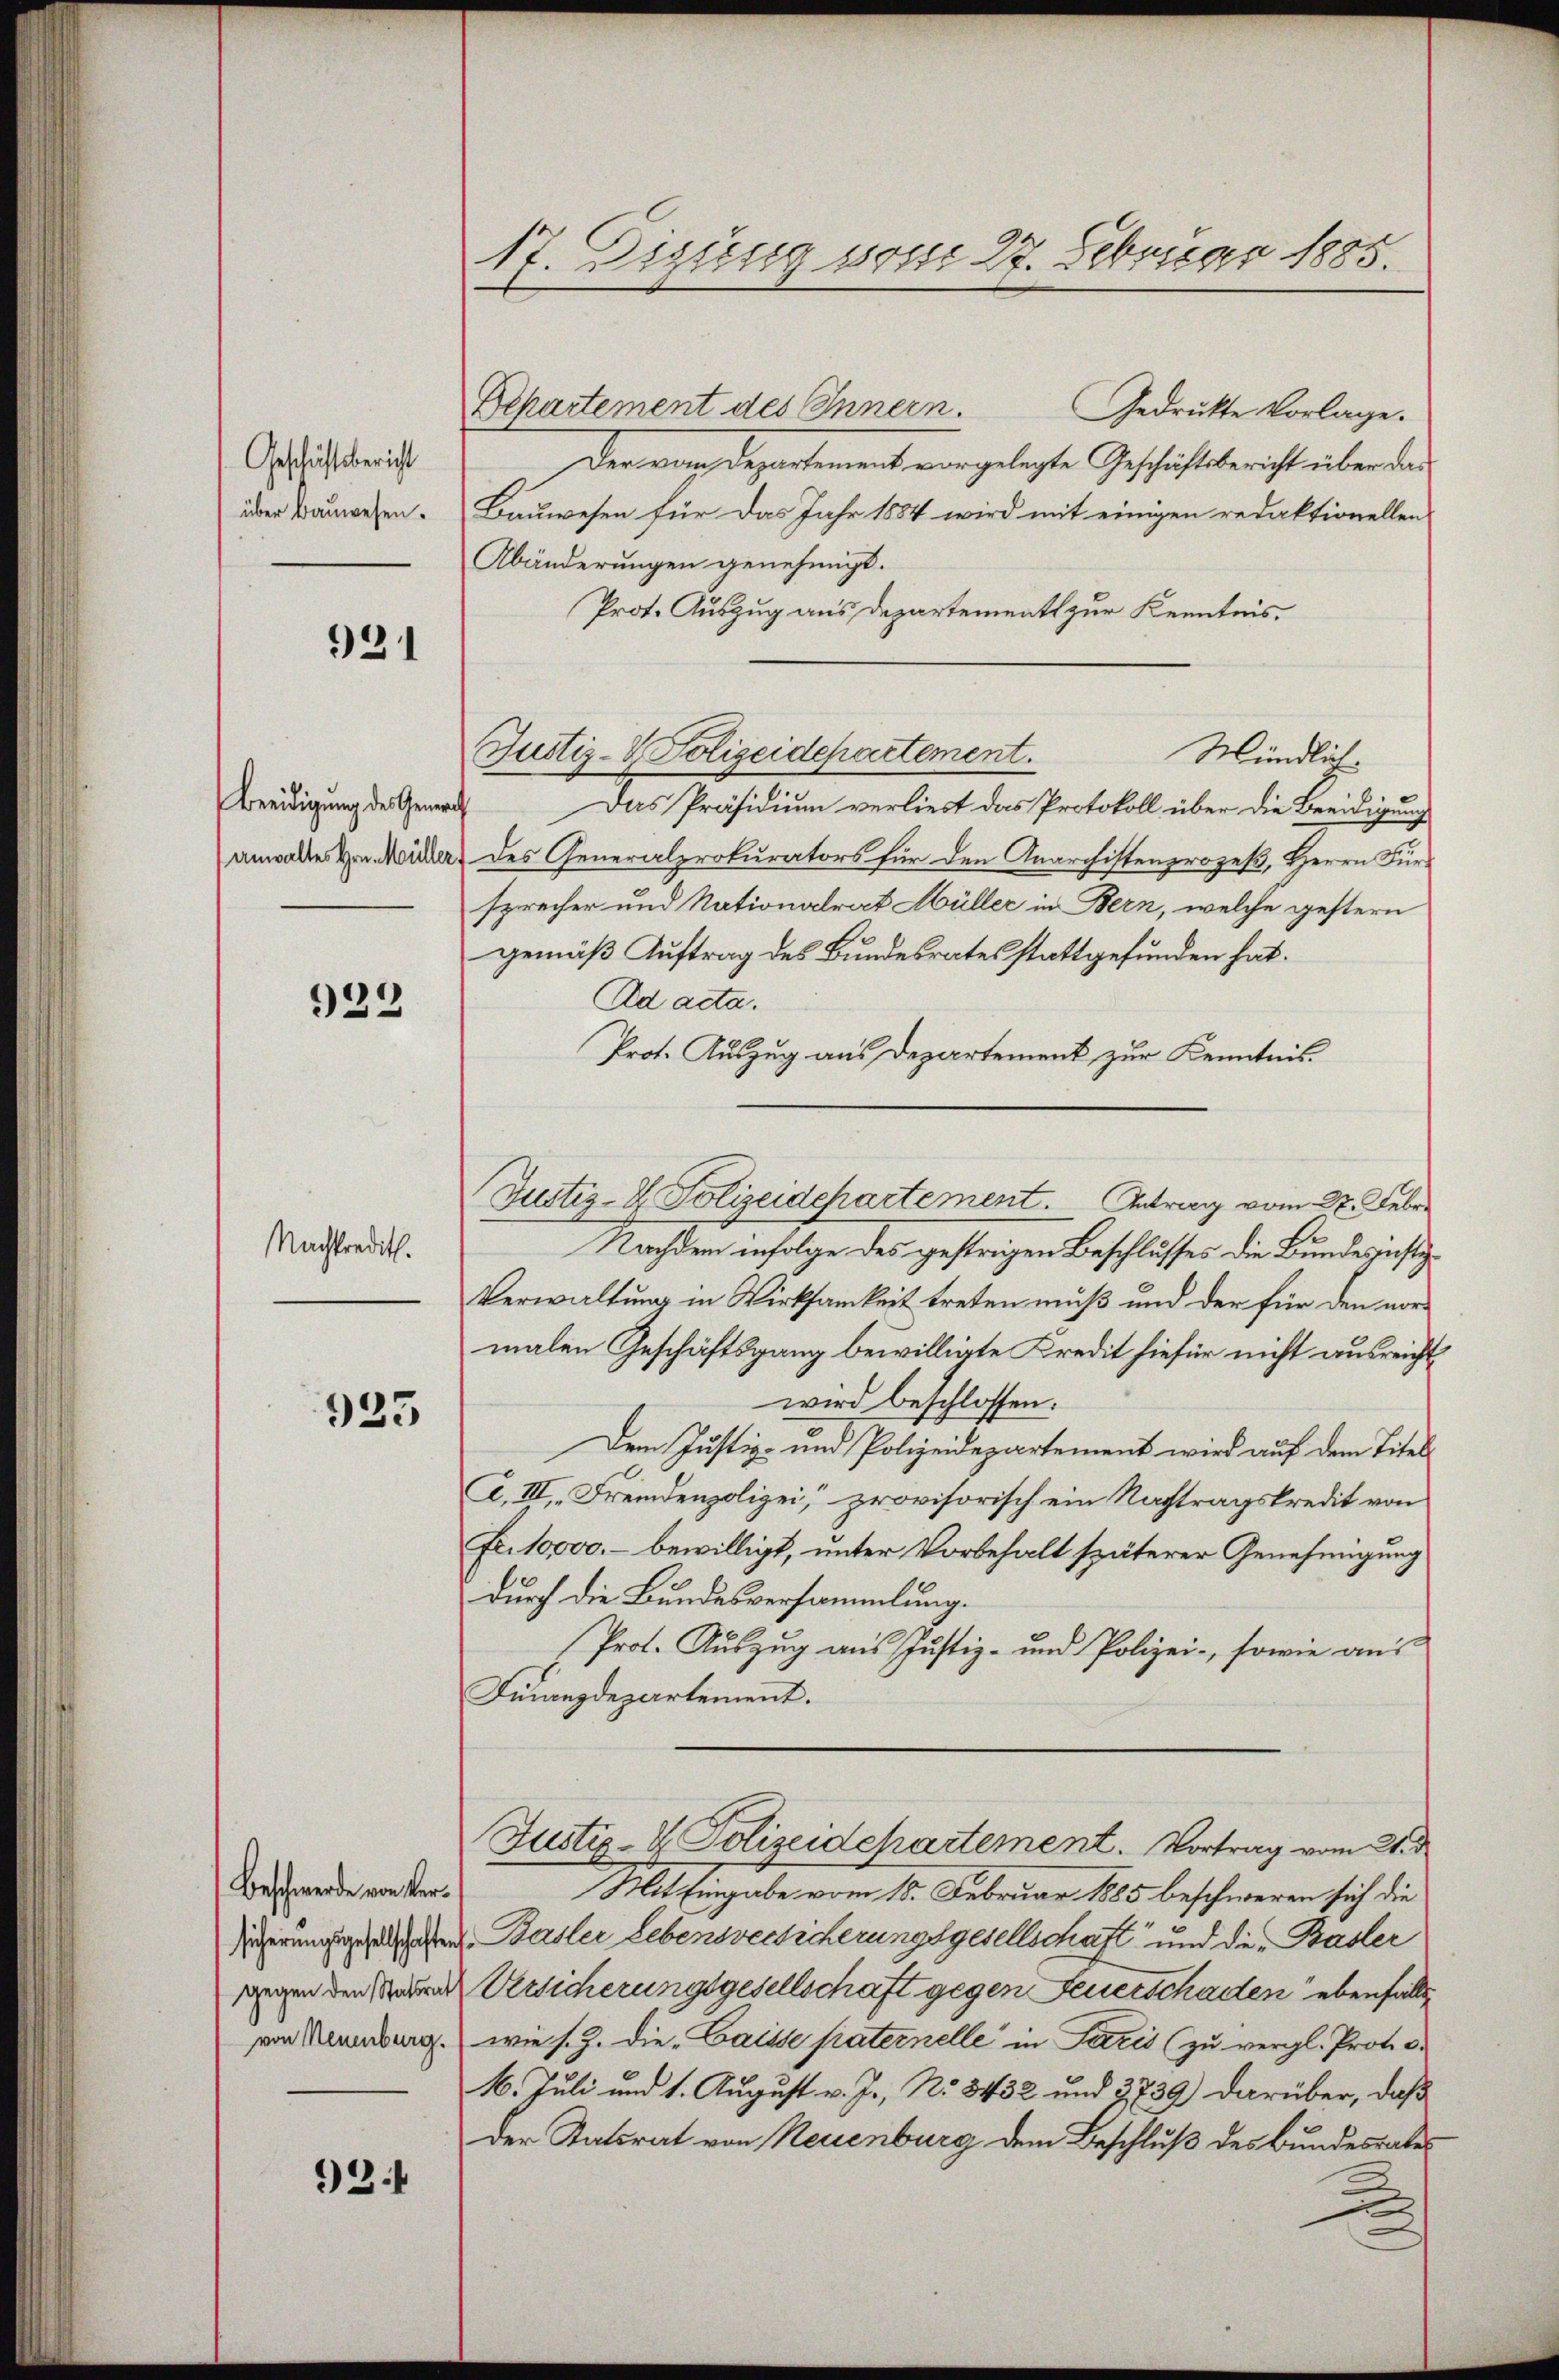
Geschäftsbericht
über Bauwesen.

931

Beeidigung der Gemach
anwaltes Hrn. Müller

923

Nachtredit.

923

Beschwerde von Versicherungsgesellschaften
gegen den Statsrat
von Neuenburg.

92

17. Dizung vom 27. Februar 1885.

Bepartement des Innern.
Gedrückte Vorlage.
Der vom Departement vorgelegte Geschäftsbericht über das
Bauwesen für das Jahr 1884 wird mit einigen redaktionellen
Abänderungen genehmigt.
Prot. Auszug aus Departement zur Kenntnis,
Mündlich.
Das Präsidium verliest das Protokoll über die Beeidigung
des Generalprokurators für den Anarchistenprozeß, Herrn Fürsprecher und Nationalrat Müller in Bern, welche gestern
gemäß Auftrag des Bundesrates stattgefunden hat.
Ad acta.
Prot. Auszug aus Departement zur Kenntnis.
Nachdem infolge des gestrigen Beschlusses die Bundes justiz¬
Verwaltung in Wirksamkeit treten muß und der für den vormalen Geschäftsgang bewilligte Kredit hiefür nicht ausreicht
wird beschlossen:
Dem Justiz- und Polizeidepartement wird auf dem Titel
A. III. Fremdenpolizei, provisorisch ein Nachtragskredit von
Fr. 10000.- bewilligt, unter Vorbehalt späterer Genehmigung
durch die Bundesversammlung.
Prot. Auszug aus Justiz- und Polizei-, sowie aus
Finanzdepartement.
Justiz- & Polizeidepartement. Vortrag vom 2. d
Mit Eingabe vom 18. Februar 1885 beschweren sich die
Basler Lebensversicherungsgesellschaft und die Basler
Versicherungsgesellschaft gegen Feuerschaden ebenfalls
wie s. Z. die Gaisse paternelle in Paris (zu vergl. Protes
16. Juli und 1. August v. J., No 8432 und 3739) darüber, daß
der Statsrat von Neuenburg dem Beschluß des Bundesrates

Justiz- & Polizeidepartement.

Justiz- & Polizeidepartement. Antrag vom 27. Febr.